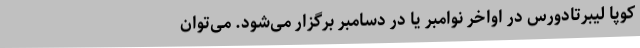
کوپا لیبرتادورس در اواخر نوامبر یا در دسامبر برگزار می‌شود. می‌توان